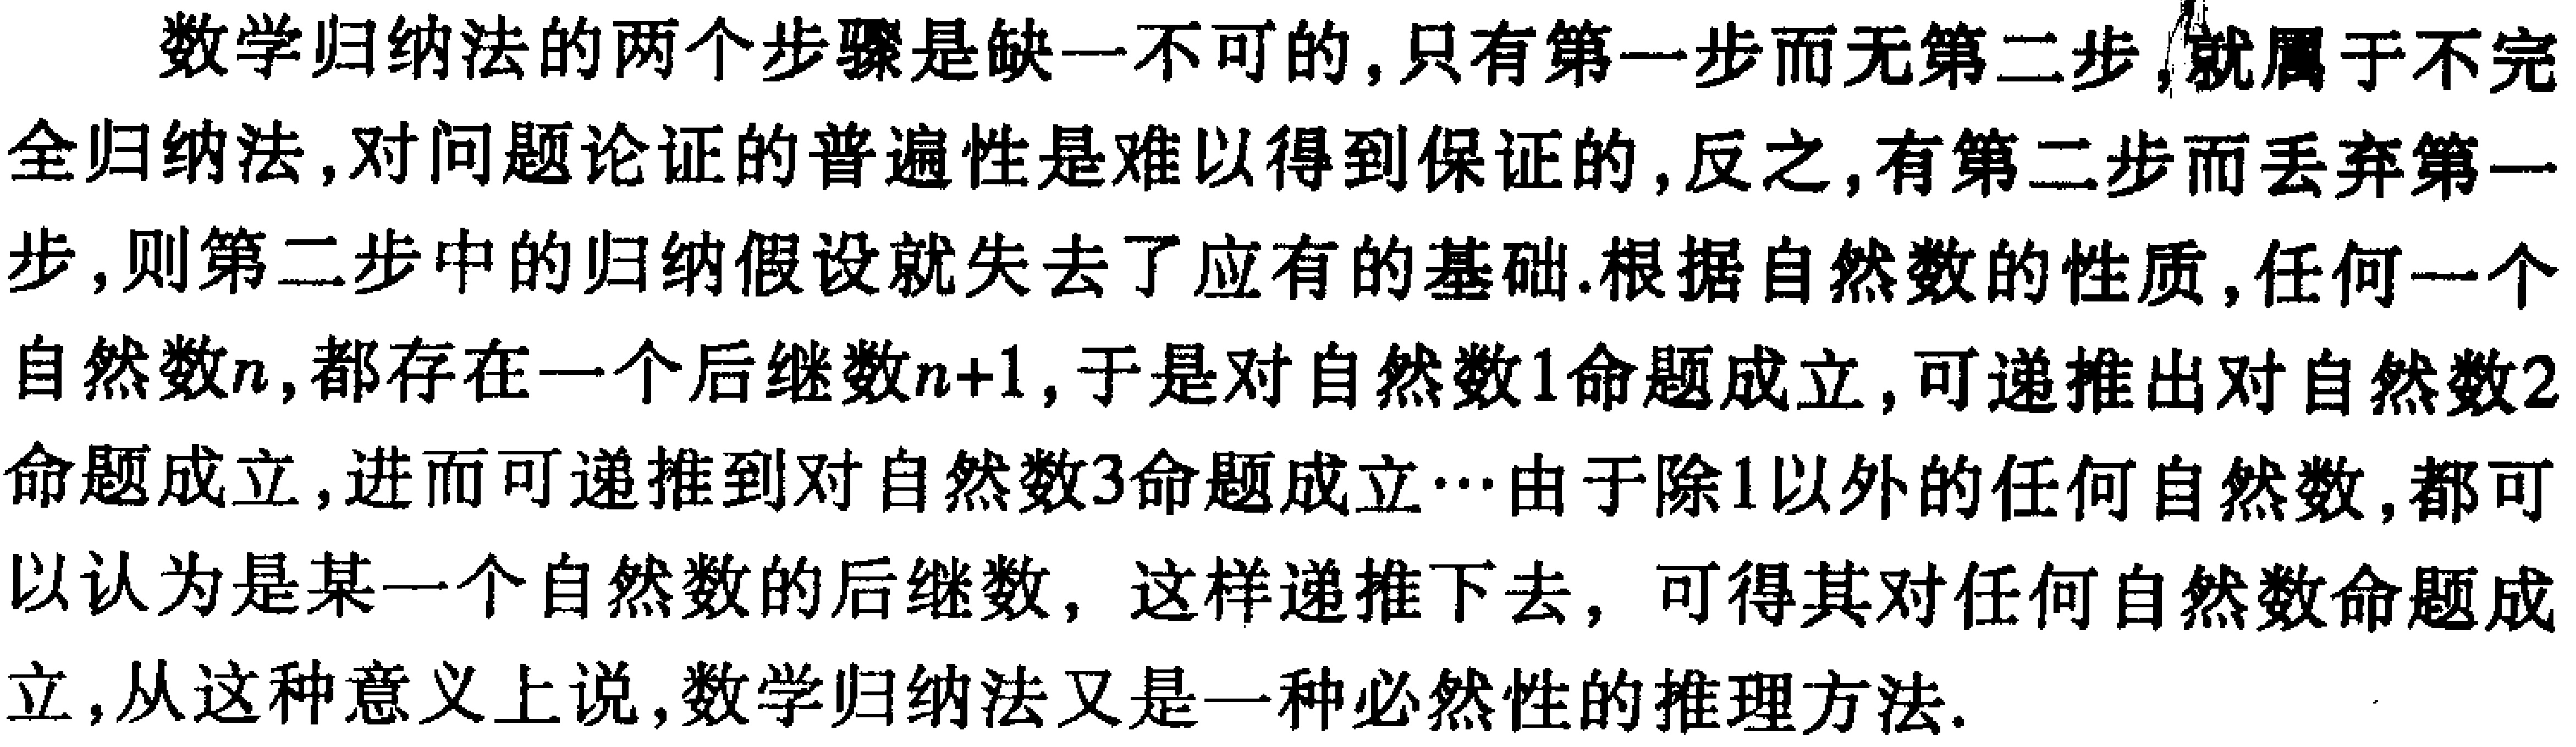
数学归纳法的两个步骤是缺一不可的,只有第一步而无第二步,就属于不完全归纳法,对问题论证的普遍性是难以得到保证的,反之,有第二步而丢弃第一步,则第二步中的归纳假设就失去了应有的基础.根据自然数的性质,任何一个自然数\(n\),都存在一个后继数\(n + 1\),于是对自然数\(1\)命题成立,可递推出对自然数\(2\)命题成立,进而可递推到对自然数\(3\)命题成立\(\cdots\)由于除\(1\)以外的任何自然数,都可以认为是某一个自然数的后继数, 这样递推下去, 可得其对任何自然数命题成立,从这种意义上说,数学归纳法又是一种必然性的推理方法.